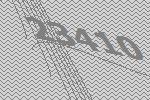
23410